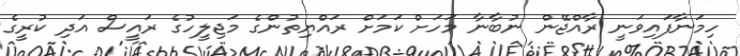
ހިމަނާފައިވަނީ ރާއްޖޭން ނުބާނާ މަހަށް ކަމަށް ރައްޔިތުންގެ މަޖިލީހުގެ ރައީސް އަދި ކުރީގެ